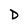
Character: D